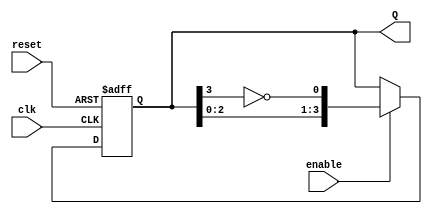
module JohnsonCounter #(
    parameter N = 4  // Number of stages (flip-flops)
) (
    input wire clk,       // Clock signal
    input wire reset,     // Asynchronous reset signal
    input wire enable,    // Enable signal for counting
    output reg [N-1:0] Q  // Output state
);

    // Always block for the synchronous Johnson counter
    always @(posedge clk or posedge reset) begin
        if (reset) begin
            Q <= 0;  // Reset all flip-flops to 0
        end else if (enable) begin
            Q <= {Q[N-2:0], ~Q[N-1]};  // Shift left and feedback inverted last stage
        end
    end

endmodule